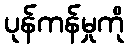
ပုန်ကန်မှုကို